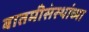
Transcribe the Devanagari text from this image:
बातमीसंस्थांच्या